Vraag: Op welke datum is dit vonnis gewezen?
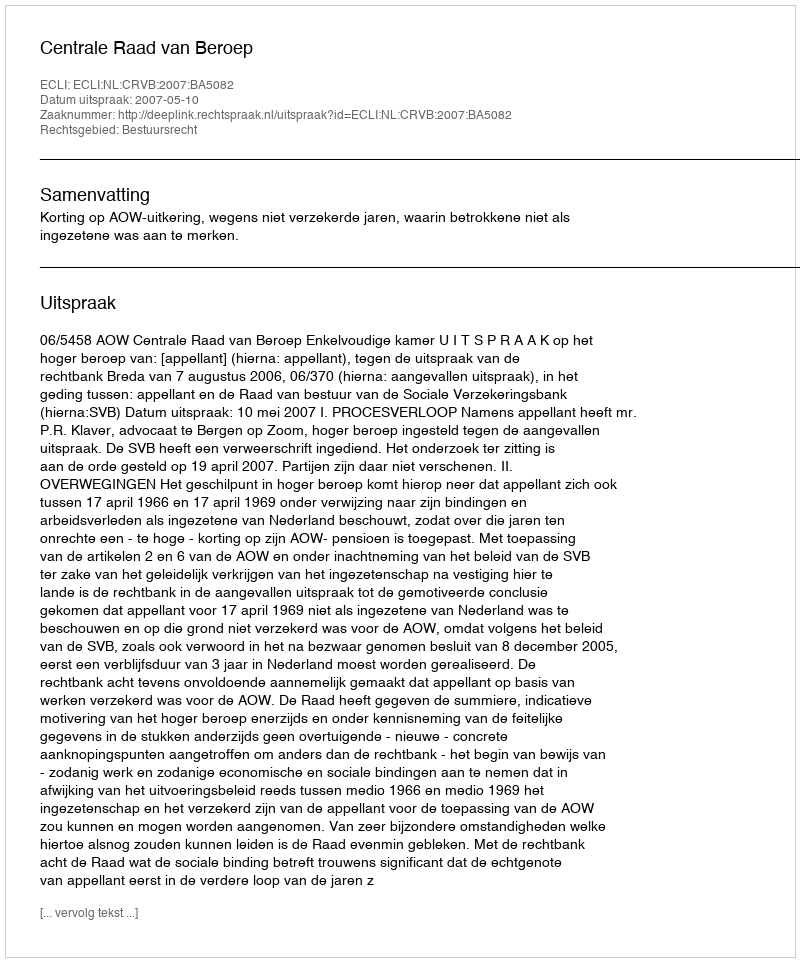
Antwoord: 2007-05-10